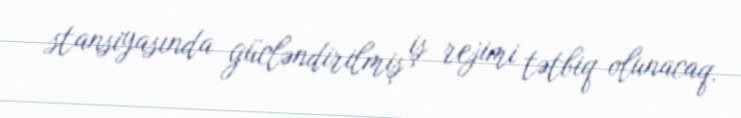
stansiyasında gücləndirilmiş iş rejimi tətbiq olunacaq.